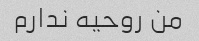
من روحیه ندارم